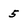
Character: 5